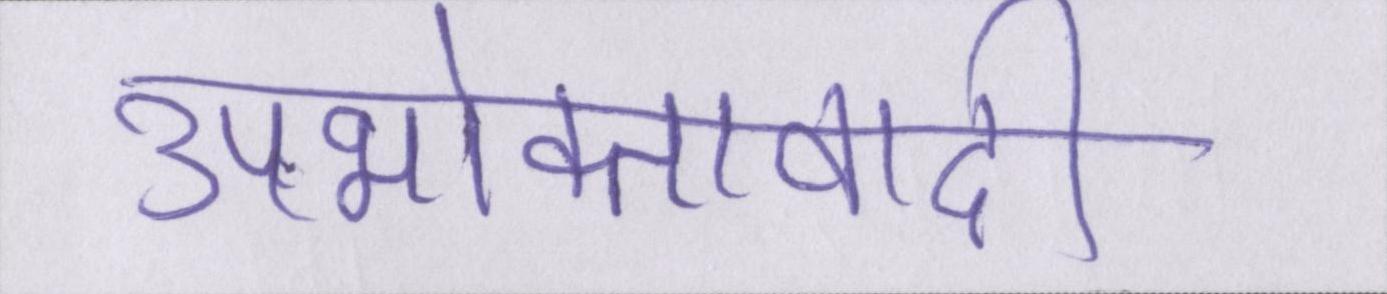
उपभोक्तावादी